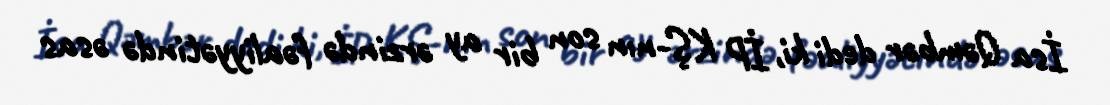
İsa Qəmbər dedi ki, İP KŞ-nın son bir ay ərzində fəaliyyətində əsas